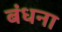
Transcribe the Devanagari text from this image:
बंधना